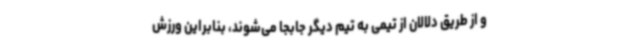
و از طریق دلالان از تیمی‌ به تیم دیگر جابجا می‌شوند، بنابراین ورزش